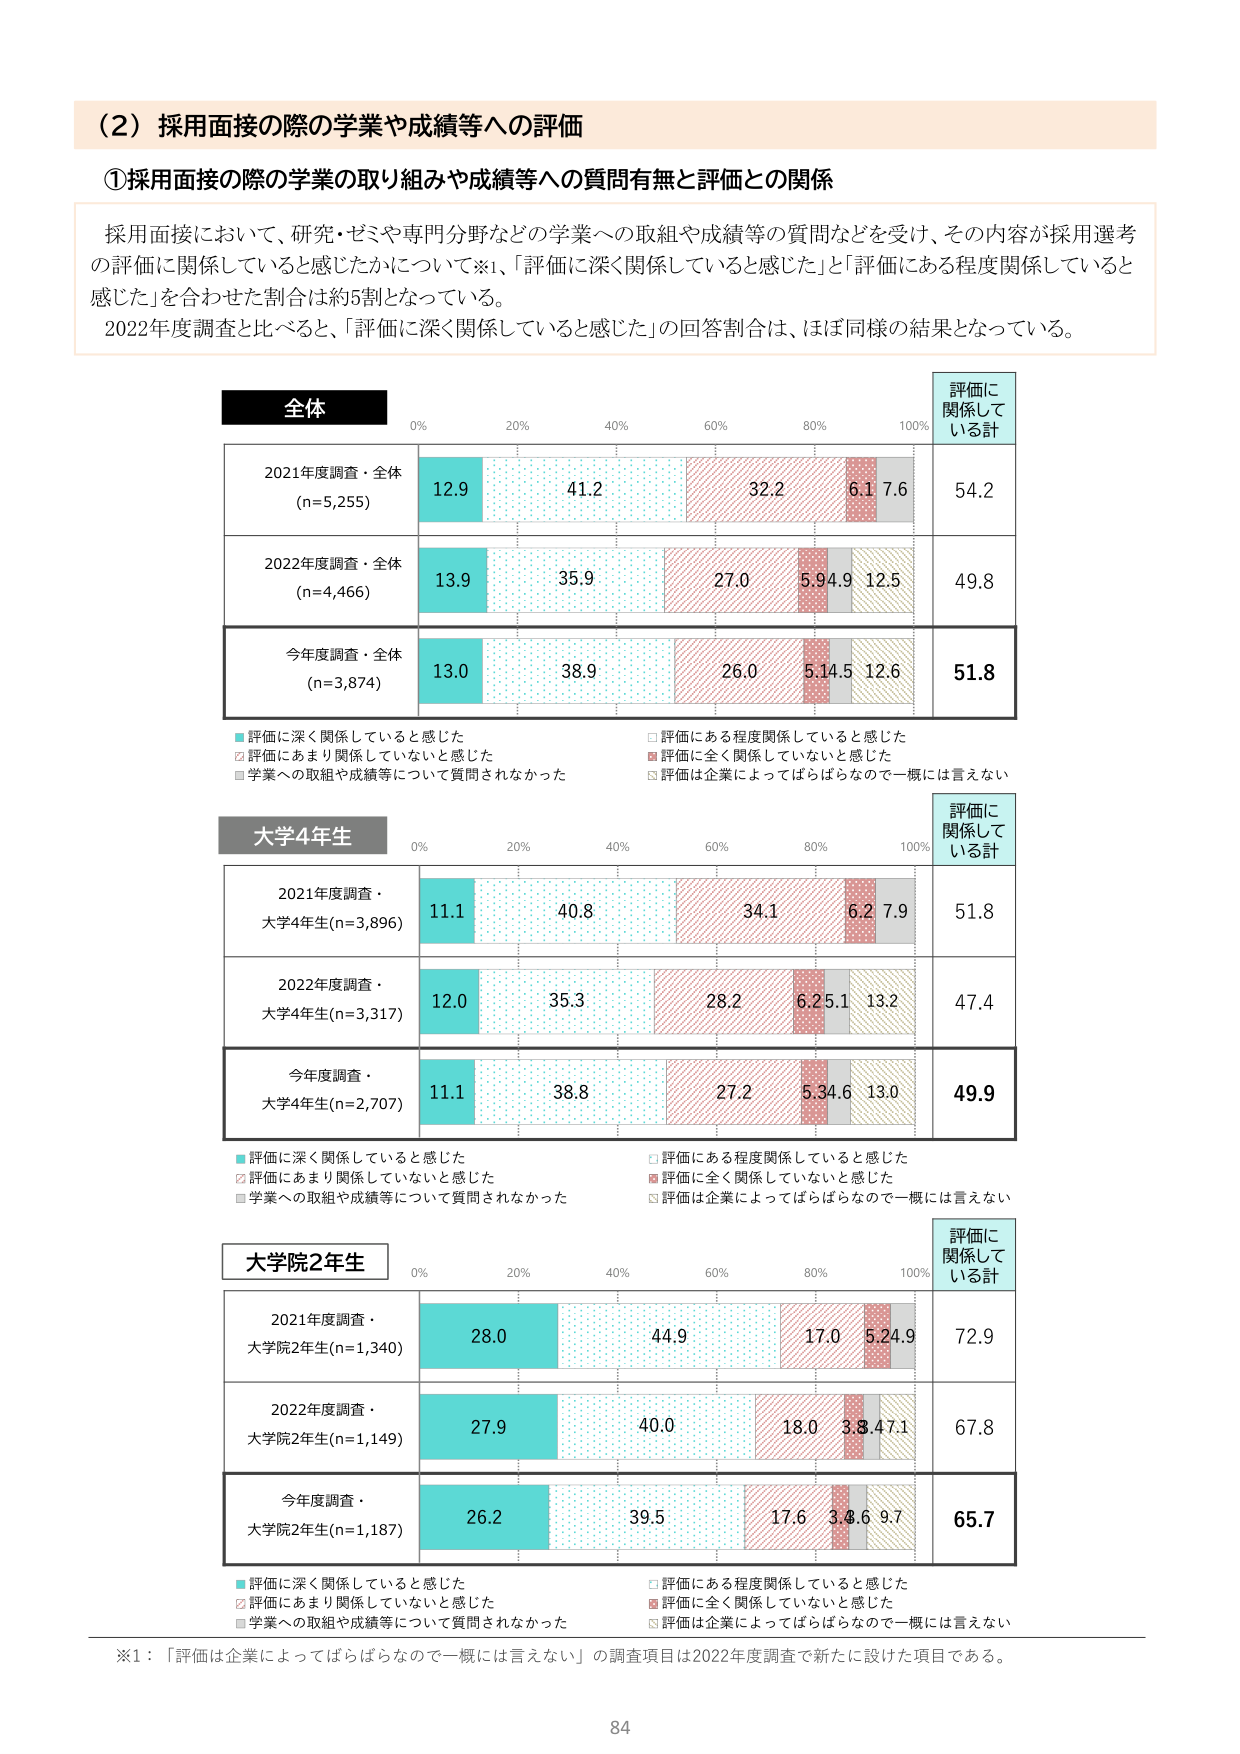
（2）採用面接の際の学業や成績等への評価

①採用面接の際の学業の取り組みや成績等への質問有無と評価との関係

採用面接において、研究・ゼミや専門分野などの学業への取組や成績等の質問などを受けて、その内容が採用選考の評価に関係していると感じたかについて※1、「評価に深く関係していると感じた」と「評価にある程度関係していると感じた」を合わせた割合は約5割となっている。
2022年度調査と比べると、「評価に深く関係していると感じた」の回答割合は、ほぼ同様の結果となっている。

全体
0% 20% 40% 60% 80% 100%
評価に関係している計

2021年度調査・全体 (n=5,255)
12.9 41.2 32.2 6.1 7.6 54.2

2022年度調査・全体 (n=4,466)
13.9 35.9 27.0 5.9 4.9 12.5 49.8

今年度調査・全体 (n=3,874)
13.0 38.9 26.0 5.1 4.5 12.6 51.8

■評価に深く関係していると感じた
□評価にある程度関係していると感じた
□評価にあまり関係していないと感じた
■評価に全く関係していないと感じた
□学業への取組や成績等について質問されなかった
□評価は企業によってばらばらなので一概には言えない

大学4年生
0% 20% 40% 60% 80% 100%
評価に関係している計

2021年度調査・大学4年生(n=3,896)
11.1 40.8 34.1 6.2 7.9 51.8

2022年度調査・大学4年生(n=3,317)
12.0 35.3 28.2 6.2 5.1 13.2 47.4

今年度調査・大学4年生(n=2,707)
11.1 38.8 27.2 5.3 4.6 13.0 49.9

■評価に深く関係していると感じた
□評価にある程度関係していると感じた
□評価にあまり関係していないと感じた
■評価に全く関係していないと感じた
□学業への取組や成績等について質問されなかった
□評価は企業によってばらばらなので一概には言えない

大学院2年生
0% 20% 40% 60% 80% 100%
評価に関係している計

2021年度調査・大学院2年生(n=1,340)
28.0 44.9 17.0 5.2 4.9 72.9

2022年度調査・大学院2年生(n=1,149)
27.9 40.0 18.0 3.8 4.7 1 67.8

今年度調査・大学院2年生(n=1,187)
26.2 39.5 17.6 3.8 6 9.7 65.7

■評価に深く関係していると感じた
□評価にある程度関係していると感じた
□評価にあまり関係していないと感じた
■評価に全く関係していないと感じた
□学業への取組や成績等について質問されなかった
□評価は企業によってばらばらなので一概には言えない

※1：「評価は企業によってばらばらなので一概には言えない」の調査項目は2022年度調査で新たに設けた項目である。

84